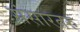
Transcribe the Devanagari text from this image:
संसारतरु